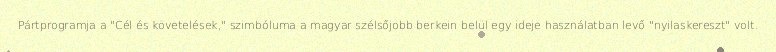
Pártprogramja a "Cél és követelések," szimbóluma a magyar szélsőjobb berkein belül egy ideje használatban levő "nyilaskereszt" volt.